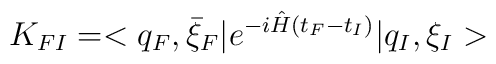
K_{FI}=<q_F,\bar \xi_F\vert e^{-i\hat H(t_F-t_I)}\vert q_I,\xi_I>